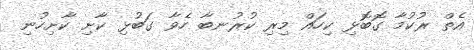
އެތް ރުކުމާ ގޮބޮޅި ކިހައް މިރި ކުރުނބާ ހެވާ ގަބުޅި ކާށި ކާށިހުނި